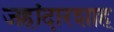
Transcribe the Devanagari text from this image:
जहांदारशाह